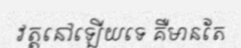
វត្តនៅឡើយទេ គឺមានតែ